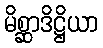
မိစ္ဆာဒိဋ္ဌိယာ